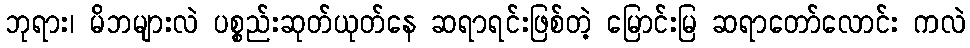
ဘုရား၊ မိဘများလဲ ပစ္စည်းဆုတ်ယုတ်နေ ဆရာရင်းဖြစ်တဲ့ မြောင်းမြ ဆရာတော်လောင်း ကလဲ